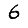
Digit: 6